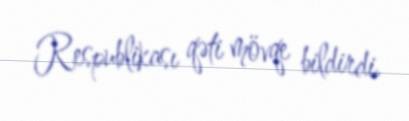
Respublikası qəti mövqe bildirdi.